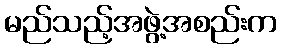
မည်သည့်အဖွဲ့အစည်းက